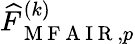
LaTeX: \widehat{F}_{\mathrm{~M~F~A~I~R~},p}^{(k)}